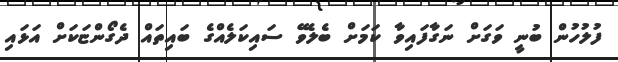
ފުލުހުން ބުނީ ވަގަށް ނަގާފައިވާ ކަމަށް ބެލެވޭ ސައިކަލެއްގެ ބައިތައް ދެގޯންޏަކަށް އަޅައި